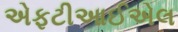
એફટીઆઈએલ